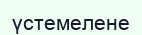
үстемелене